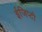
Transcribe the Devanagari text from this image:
ईजिप्टी